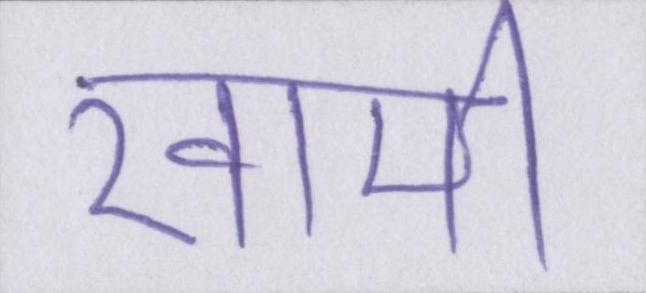
खामी